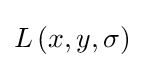
L\left(x,y,\sigma \right)